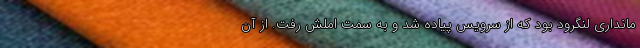
مانداری لنگرود بود که از سرویس پیاده شد و به سمت اَملَش رفت. از آن